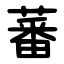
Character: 蕃